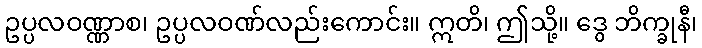
ဥပ္ပလဝဏ္ဏာစ၊ ဥပ္ပလဝဏ်လည်းကောင်း။ ဣတိ၊ ဤသို့။ ဒွေ ဘိက္ခုနီ၊